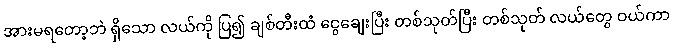
အားမရတော့ဘဲ ရှိသော လယ်ကို ပြ၍ ချစ်တီးထံ ငွေချေးပြီး တစ်သုတ်ပြီး တစ်သုတ် လယ်တွေ ဝယ်ကာ